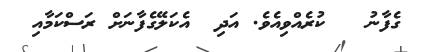
ގެފާނު   ކުރެއްވިއެވެ. އަދި  އެކަލޭގެފާނަށް ރަސްކަމާއި